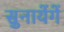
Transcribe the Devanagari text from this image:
सुनायेंगें